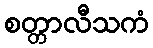
စတ္တာလီသကံ